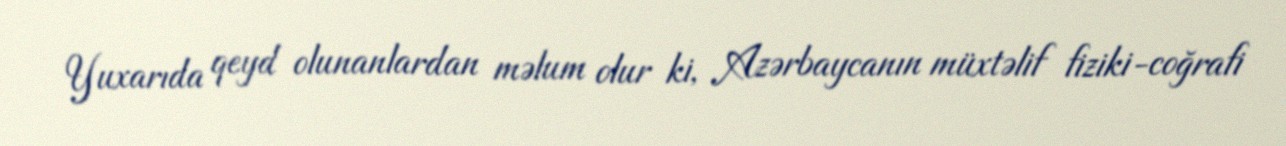
Yuxarıda qeyd olunanlardan məlum olur ki, Azərbaycanın müxtəlif fiziki-coğrafi